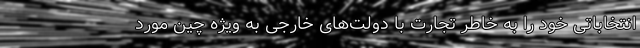
انتخاباتی خود را به خاطر تجارت با دولت‌های خارجی به ویژه چین مورد